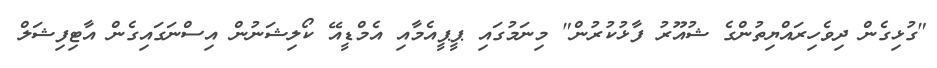
"ގުޅިގެން ދިވެހިރައްޔިތުންގެ ޝުއޫރު ފާޅުކުރުން" މިނަމުގައި ޕީޕީއެމާއި އެމްޑީއޭ ކޯލިޝަނުން އިސްނަގައިގެން އާޓިފިޝަލް